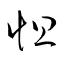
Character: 怛